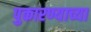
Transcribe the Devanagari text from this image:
पुकारण्याच्या